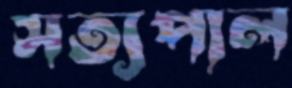
সত্যপাল